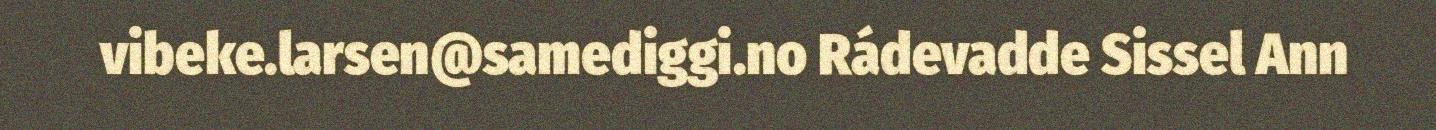
vibeke.larsen@samediggi.no Rádevadde Sissel Ann